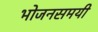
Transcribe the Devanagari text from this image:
भोजनसमयी